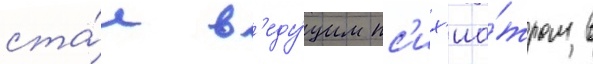
ста́л в'еду́щим пс'их'иа́тром в